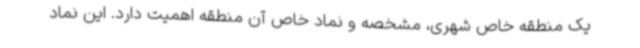
یک منطقه خاص شهری، مشخصه و نماد خاص آن منطقه اهمیت دارد. این نماد